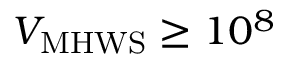
\ensuremath { V _ { \mathrm { M H W S } } } \ge 1 0 ^ { 8 }